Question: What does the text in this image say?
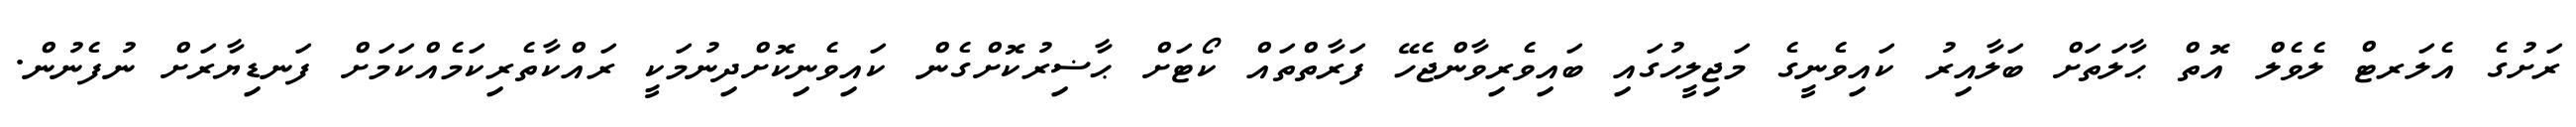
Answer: ރަށުގެ އެލަރޓް ލެވެލް އޮތް ޙާލަތަށް ބަލާއިރު ކައިވެނީގެ މަޖިލީހުގައި ބައިވެރިވާންޖެހޭ ފަރާތްތައް ކޯޓަށް ޙާޟިރުކޮށްގެން ކައިވެނިކޮށްދިނުމަކީ ރައްކާތެރިކަމެއްކަމަށް ފަނޑިޔާރަށް ނުފެނުން.